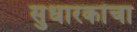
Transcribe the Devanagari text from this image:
सुधारकांचा